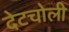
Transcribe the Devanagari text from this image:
देटचोली